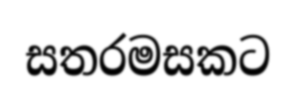
සතරමසකට